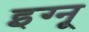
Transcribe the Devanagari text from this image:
इग्‍नू